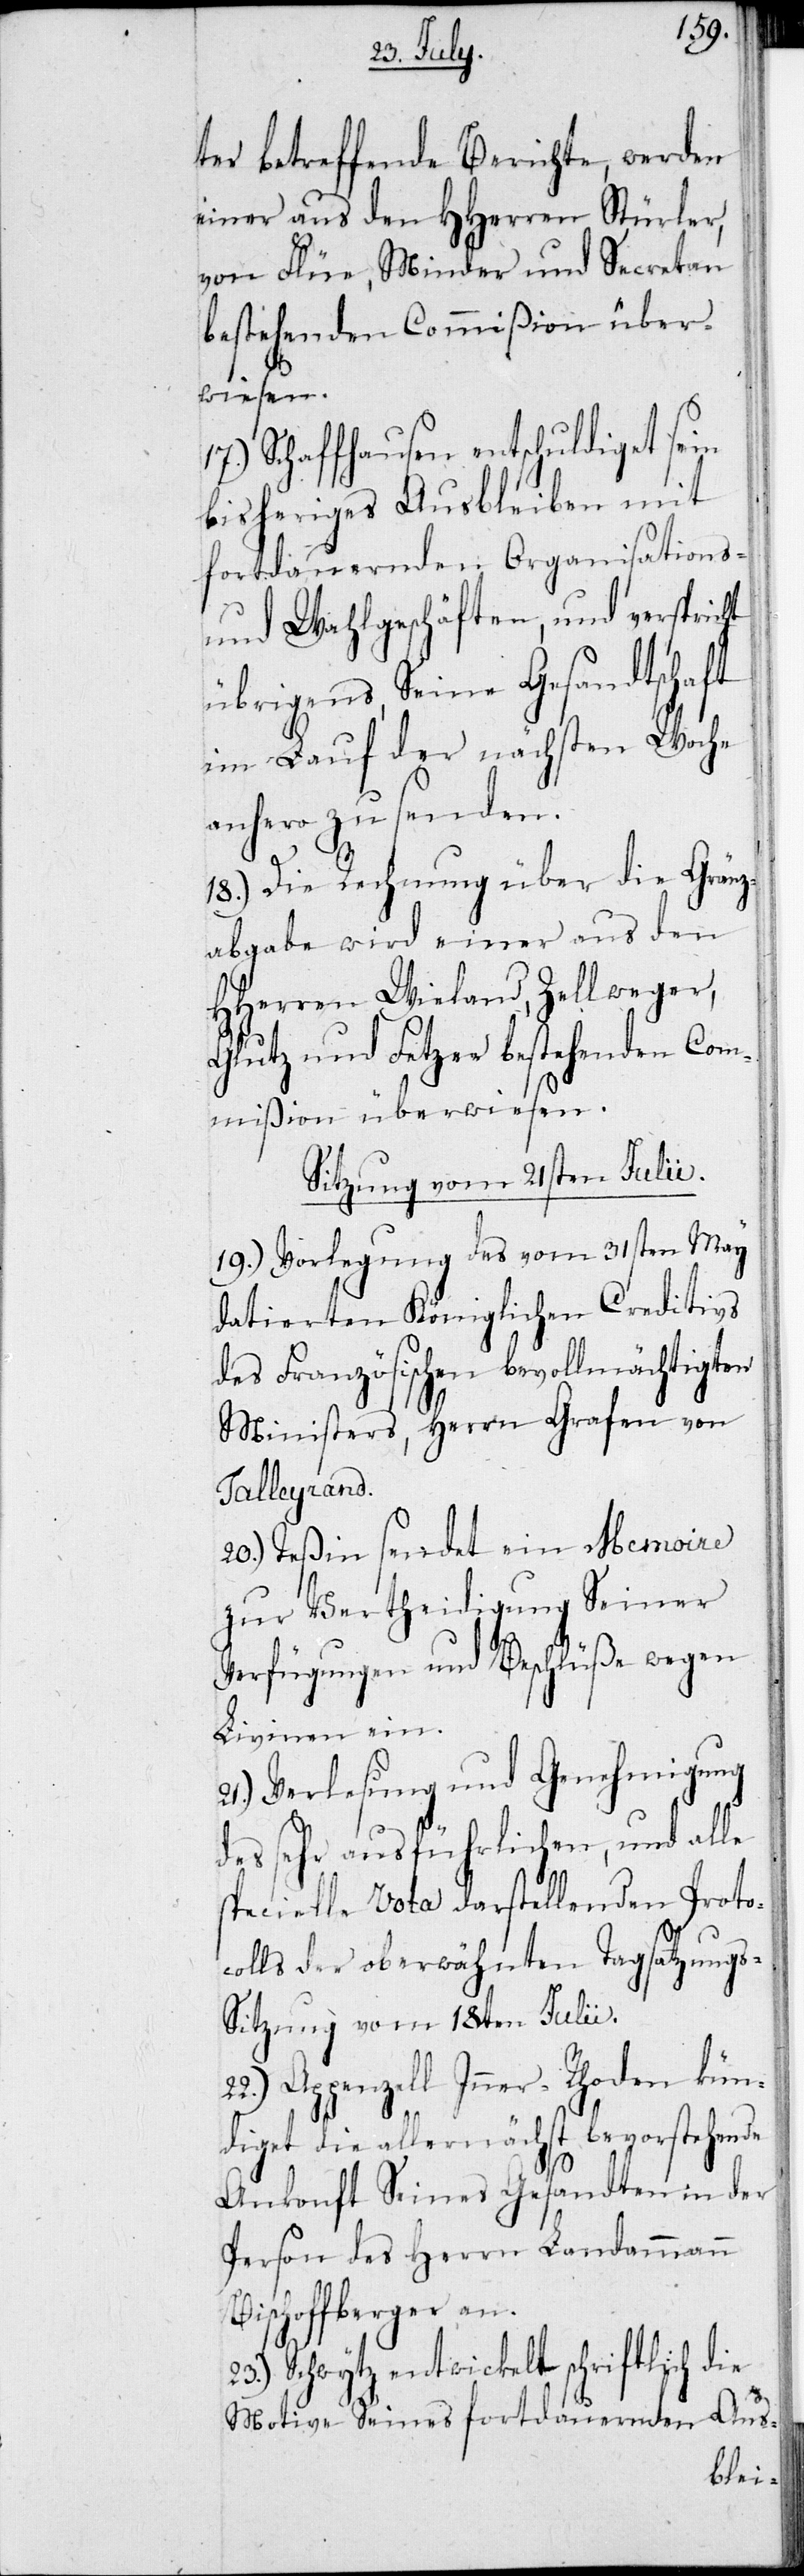
ter betreffende Berichte, werden
einer aus den HHerren Stürler,
von Flüe, Minder und Secretan
bestehenden Commißion über¬
wiesen.
17.) Schaffhausen entschuldiget sein
bisheriges Ausbleiben mit
fortdauernden Organisations-
und Wahlgeschäften, und verspricht
übrigens, Seine Gesandtschaft
im Lauf der nächsten Woche
anhero zu senden.
18.) Die Rechnung über die Gränz¬
abgabe wird einer aus den
HHerren Wieland, Zellweger,
Glutz und Fetzer bestehenden Com¬
mißion überwiesen.
Sitzung vom 21sten Julii.
19.) Vorlegung des vom 31sten May
datierten Königlichen Creditivs
des Französischen bevollmächtigten
Ministers, Herrn Grafen von
Talleyrand.
20.) Teßin sendet ein Memorie
zur Vertheidigung Seiner
Verfügungen und Beschlüße wegen
Livinen ein.
21.) Verlesung und Genehmigung
des sehr ausführlichen, und alle
specielle Vota darstellenden Protoc¬
olls der oberwähnten Tagsatzungs-S¬
itzung vom 18ten Julii.
Appenzell Inner-Rhoden kün¬
diget die allernächst bevorstehende
Ankonft Seiner Gesandten in der
Person des Herrn Landammann
Bischoffberger an.
23.) Schwytz entwickelt schriftlich die
Motive Seines fortdauernden Aus-